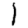
Digit: 1